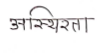
मजकूर: अस्थिरता